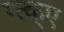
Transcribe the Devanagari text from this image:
ग्त्क्ए